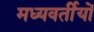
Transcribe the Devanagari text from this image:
मध्यवर्तीयों